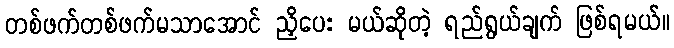
တစ်ဖက်တစ်ဖက်မသာအောင် ညှိပေး မယ်ဆိုတဲ့ ရည်ရွယ်ချက် ဖြစ်ရမယ်။